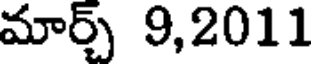
మార్స్ 9,2011